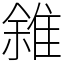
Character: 雓